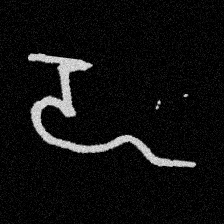
Pyu character \u2014 Myanmar letter: ဍ (romanized: dda)